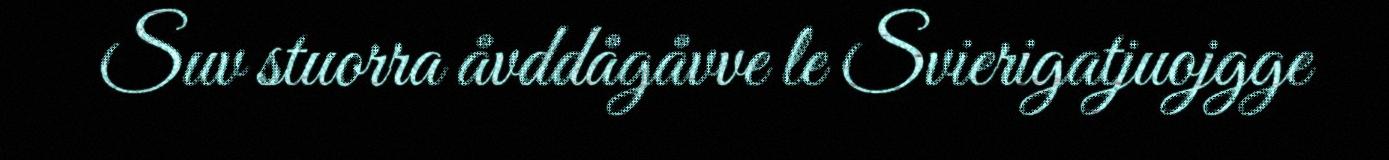
Suv stuorra åvddågåvve le Svierigatjuojgge